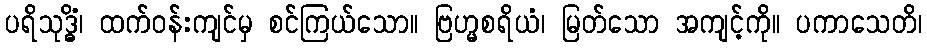
ပရိသုဒ္ဓိံ၊ ထက်ဝန်းကျင်မှ စင်ကြယ်သော။ ဗြဟ္မစရိယံ၊ မြတ်သော အကျင့်ကို။ ပကာသေတိ၊